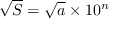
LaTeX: { \sqrt { S } } = { \sqrt { a } } \times 1 0 ^ { n }